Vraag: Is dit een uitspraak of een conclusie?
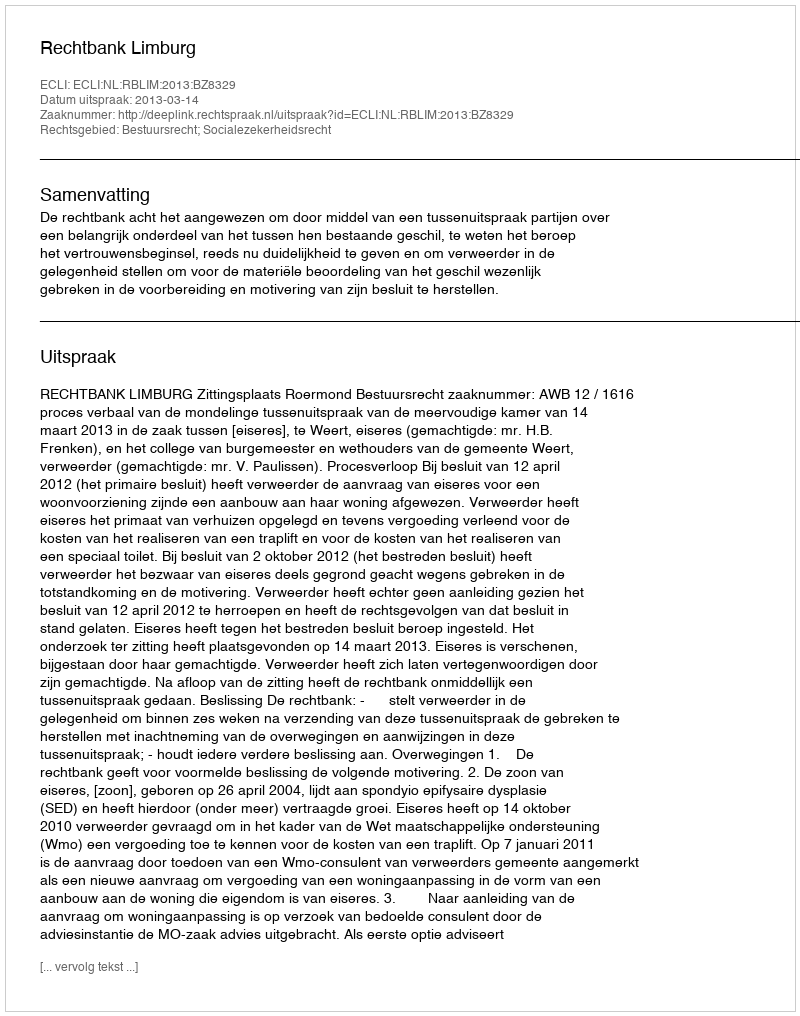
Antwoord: Uitspraak